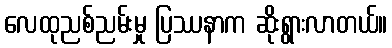
လေထုညစ်ညမ်းမှု ပြဿနာက ဆိုးရွားလာတယ်။